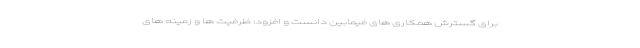
برای گسترش همکاری های فیمابین دانست و افزود: ظرفیت ها و زمینه های